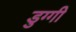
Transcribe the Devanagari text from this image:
डुग्गी